Leaving Certificate Examination, 1919
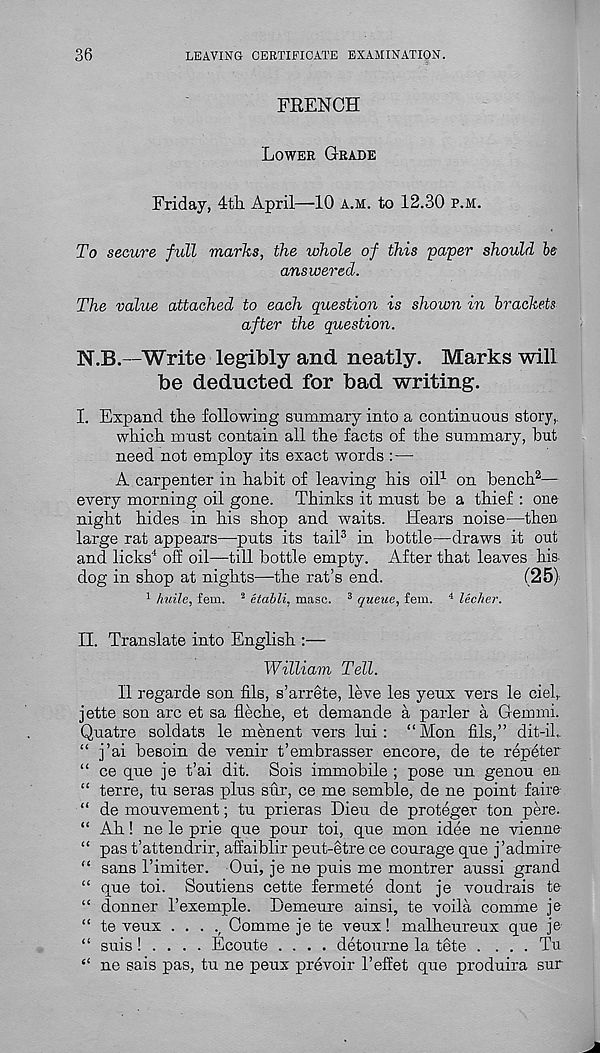
36
LEAVING CERTIFICATE EXAMINATION.
FRENCH
Lower Grade
Friday, 4th. April—LO a.m. to 12.30 p.m.
To secure full marks, the whole of this paper should be
answered.
The value attached to each question is shown in brackets
after the question.
N.B.—Write legibly and neatly. Marks will
be deducted for bad writing.
I. Expand the following summary into a continuous story,.
which must contain all the facts of the summary, hut
need not employ its exact words :—
A carpenter in habit of leaving his oil 1 on bench 2 —
every morning oil gone. Thinks it must be a thief : one
night hides in his shop and waits. Hears noise—then
large rat appears—puts its tail 3 in bottle—draws it out
and licks 4 off oil—till bottle empty. After that leaves his.
dog in shop at nights—the rat’s end.
(25)
1 huile, fem. 2 etabli, masc. 3 queue, fem. 4 lecher.
II. Translate into English :—
William Tell.
II regarde son fils, s’arrete, leve les yeux vers le ciel,
jette son arc et sa fleche, et demande a parler a Gemini.
Quatre soldats le menent vers lui : “Mon fils,” dit-ih
“ j’ai besoin de venir t’embrasser encore, de te repeter
“ ce que je t’ai dit. Sois immobile ; pose un genou en
“ terre, tu seras plus stir, ce me semble, de ne point faire
“ de mouvement; tu prieras Dieu de proteger ton pere.
“ Ah! ne le prie que pour toi, que mon idee ne vienne
“ pas t’attendrir, affaiblir peut-etre ce courage que j’admire
“ sans Timiter. Oui, je ne puis me montrer aussi grand
“ que toi. Soutiens cette fermete dont je voudrais te
“ donner 1’exemple. Demeure ainsi, te voila comme je
“ te veux . . •
Comme je te veux! malheureux que je
“ suis ! . . . . Ecoute .... detourne la tete .... Tu
“ ne sais pas, tu ne peux prevoir Teffet que produira sur